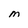
Character: M